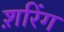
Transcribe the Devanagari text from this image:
श़रिंग